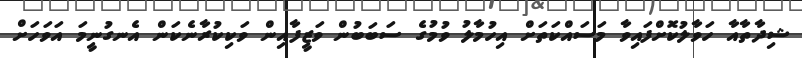
ޝިދާތާއާ ހަވާލުކޮށްފައިވާ މަސައްކަތަށް އިހުމާލު ވުމުގެ ސަބަބުން ވަޒީފާއިން ވަކިކުރާނެކަން އެނގުނީމަ އަވަހަށް